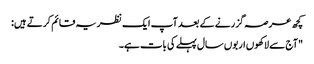
کچھ عرصہ گزرنے کے بعد آپ ایک نظریہ قائم کرتے ہیں:
"آج سے لاکھوں اربوں سال پہلے کی بات ہے۔